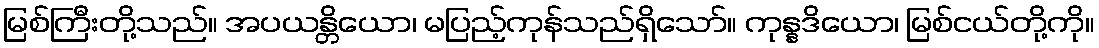
မြစ်ကြီးတို့သည်။ အပယန္တိယော၊ မပြည့်ကုန်သည်ရှိသော်။ ကုန္နဒိယော၊ မြစ်ငယ်တို့ကို။